Vaccination report Assam 1874-1896 - 1874-1896
Year: 1874
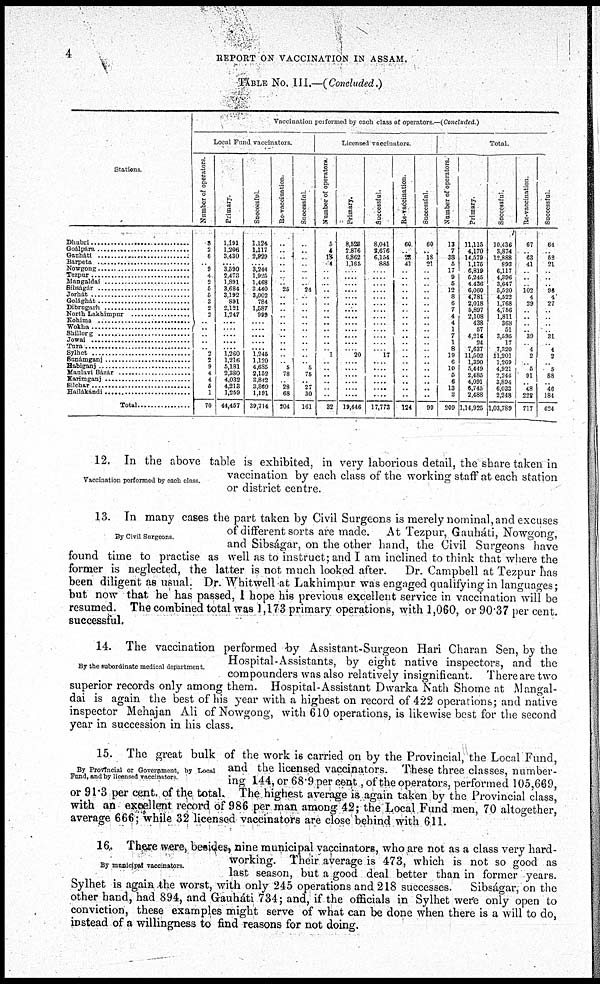
4
REPORT ON VACCINATION IN ASSAM.
TABLE NO. III.—(Concluded.)
Stations
Dhubri ..............................
Goálpára ..........................
Gauháti ..............................
Barpeta ..............................
Nowgong ..........................
Tezpur ..............................
Mangaldár ........................
Sibságár ............................
Jorhát ................................
Golághat ............................
Dibrugarh ..........................
North Lakhimpur ..............
Kohima
Wokha
Shillorg
Jowai
Tura
Sylhet ..............................
Sunámganj ......................
Habiganj ............................
Maulavi Bázár ..................
Karimganj ..........................
Silchar ..............................
Hailákándi ..........................
Total ............
Vaccination porformed by each class of operators — (Concluded )
Local Fund vaccinators.
Number of operators.
3
2
8
.. 9
4
2
5
5
3
2
2
..
..
..
..
.. 2
2
9
4
4
5
1
70
Primary.
1,191
1,206
3,430
.... 3,590
2,473
1,891
3,684
3,192
891
2,121
1,247
....
....
....
....
.... 1,260
1,216
5,181
2,380
4,032
4,213
1,259
44,457
Successful
1,124
1,117
2,929
.. 3,244
1,925
1,468
3,440
3,002
784
1,587
999
....
....
....
....
.... 1,245
1,120
4,685
2,152
3,842
3,860
1,191
39,714
Re-vaccination
..
..
..
..
..
..
.. 25
..
..
..
.. ..
..
..
..
..
.. ..
5 78
.. 28
68
204
Successful
..
..
..
..
...
..
.. 24
..
..
..
.. ..
..
.. ..
.. ..
..
5 75
.. 27
30
161
Licensed vaccinators.
Number of operators
5
4
18
04
..
..
..
..
..
..
..
.. ..
..
..
..
.. 1
..
.. ..
..
..
..
32
Primary.
8,528
2,876
6,862
1,165
.. ....
.. ....
....
....
....
....
....
....
....
....
.... 20
....
.. ....
....
....
....
19,446
Successful.
8,041
2,676
6,154
885
.. ....
.. ....
....
....
....
.... ....
....
....
....
.... 17
....
.. ....
....
....
....
17,773
Re-vaccination.
60
.. 28
41
....
....
....
....
....
....
....
.... ....
....
....
....
....
....
....
.... ....
....
....
....
124
Successful.
60
.. 18
21
..
..
..
.. ..
..
..
.. ..
.. ..
..
..
..
..
.. ..
..
.. ..
99
Total.
Number of operators.
13
7
38
5
17
9
5
12
8
6
7
4
4
1
7
1
8
19
6
10
5
6
13
3
209
Primary.
11,115
4,170
14,579
1,175
6,819
5,245
4,436
6,060
4,781
2,018
5,897
2,108
438
57
4,216
24
7,637
11,502
1,390
5,449 2,485
4,091
6,745
2,488
1,14,925
Successful.
10.436
3,874
12,888
893
6,117
4,396
3,647
5,520
4,522
1,768
4,756
1,811
368
51
3,595
17
7,320
11,201
1,269
4,921 2 244
3,894
6,033
2,248
1,03,789
Re-vaccination.
67
.. 63
41
.. ..
.. 102
4
29
..
..
.. .. 39
.. 4
2
..
5 91
.. 48
222
717
Successful.
64
.. 52
21
.. ..
.. 96
4
27
..
.. ..
.. 31
.. 4
2
..
5 88
..
46
184
624
Vaccination performed by each class.
12. In the above table is exhibited, in very laborious detail, the share taken in
vaccination by each class of the working staff at each station
or district centre.
By Civil Surgeons
13. In many cases the part taken by Civil Surgeons is merely nominal,and excuses
of different sorts are made. At Tezpur, Gauháti, Nowgong,
and Sibságar, on the other hand, the Civil Surgeons have
found time to practise as well as to instruct; and I am inclined to think that where the
former is neglected, the latter is not much looked after.
Dr. Campbell at Tezpur has
been diligent as usual. Dr. Whitwell at Lakhimpur was engaged qualifying in languages;
but now that he has passed, I hope his previous excellent service in vaccination will be
resumed. The combined total was 1,173 primary operations, with 1,060, or 90.37 per cent.
successful.
By the subordinate medical department.
14. The vaccination performed by Assistant-Surgeon Hari Charan Sen, by the
Hospital-Assistants, by eight native inspectors, and the
compounders was also relatively insignificant. There are two
superior records only among them. Hospital-Assistant Dwarka Nath Shome at Mangal-
dai is again the best of his year with a highest on record of 422 operations; and native
inspector Mehajan Ali of Nowgong, with 610 operations, is likewise best for the second
year in succession in his class.
By Provincial or Government, by Local
Fund, and by licensed vaccinators
15. The great bulk of the work is carried on by the Provincial, the Local Fund,
and the licensed vaccinators. These three classes, number-
ing 144, or 68.9 per cent, of the operators, performed 105,669,
or 91.3 per cent. of the total. The highest average is again taken,by the Provincial class,
with an excellent record of 986 per man among 42; the Local Fund men, 70 altogether,
average 666; while 32 licensed vaccinators are close behind with 611.
By municipal vaccinators.
16. There were, besides, nine municipal vaccinators, who are not as a class very hard-
working. Their average is 473, which is not so good as
last season, but a good deal better than in former years.
Sylhet is again the worst, with only 245 operations and 218 successes. Sibságar, on the
other hand, had 894, and Gauháti 734; and, if the officials in Sylhet were only open to
conviction, these examples might serve of what can be done when there is a will to do,
instead of a willingness to find reasons for not doing.